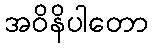
အဝိနိပါတော